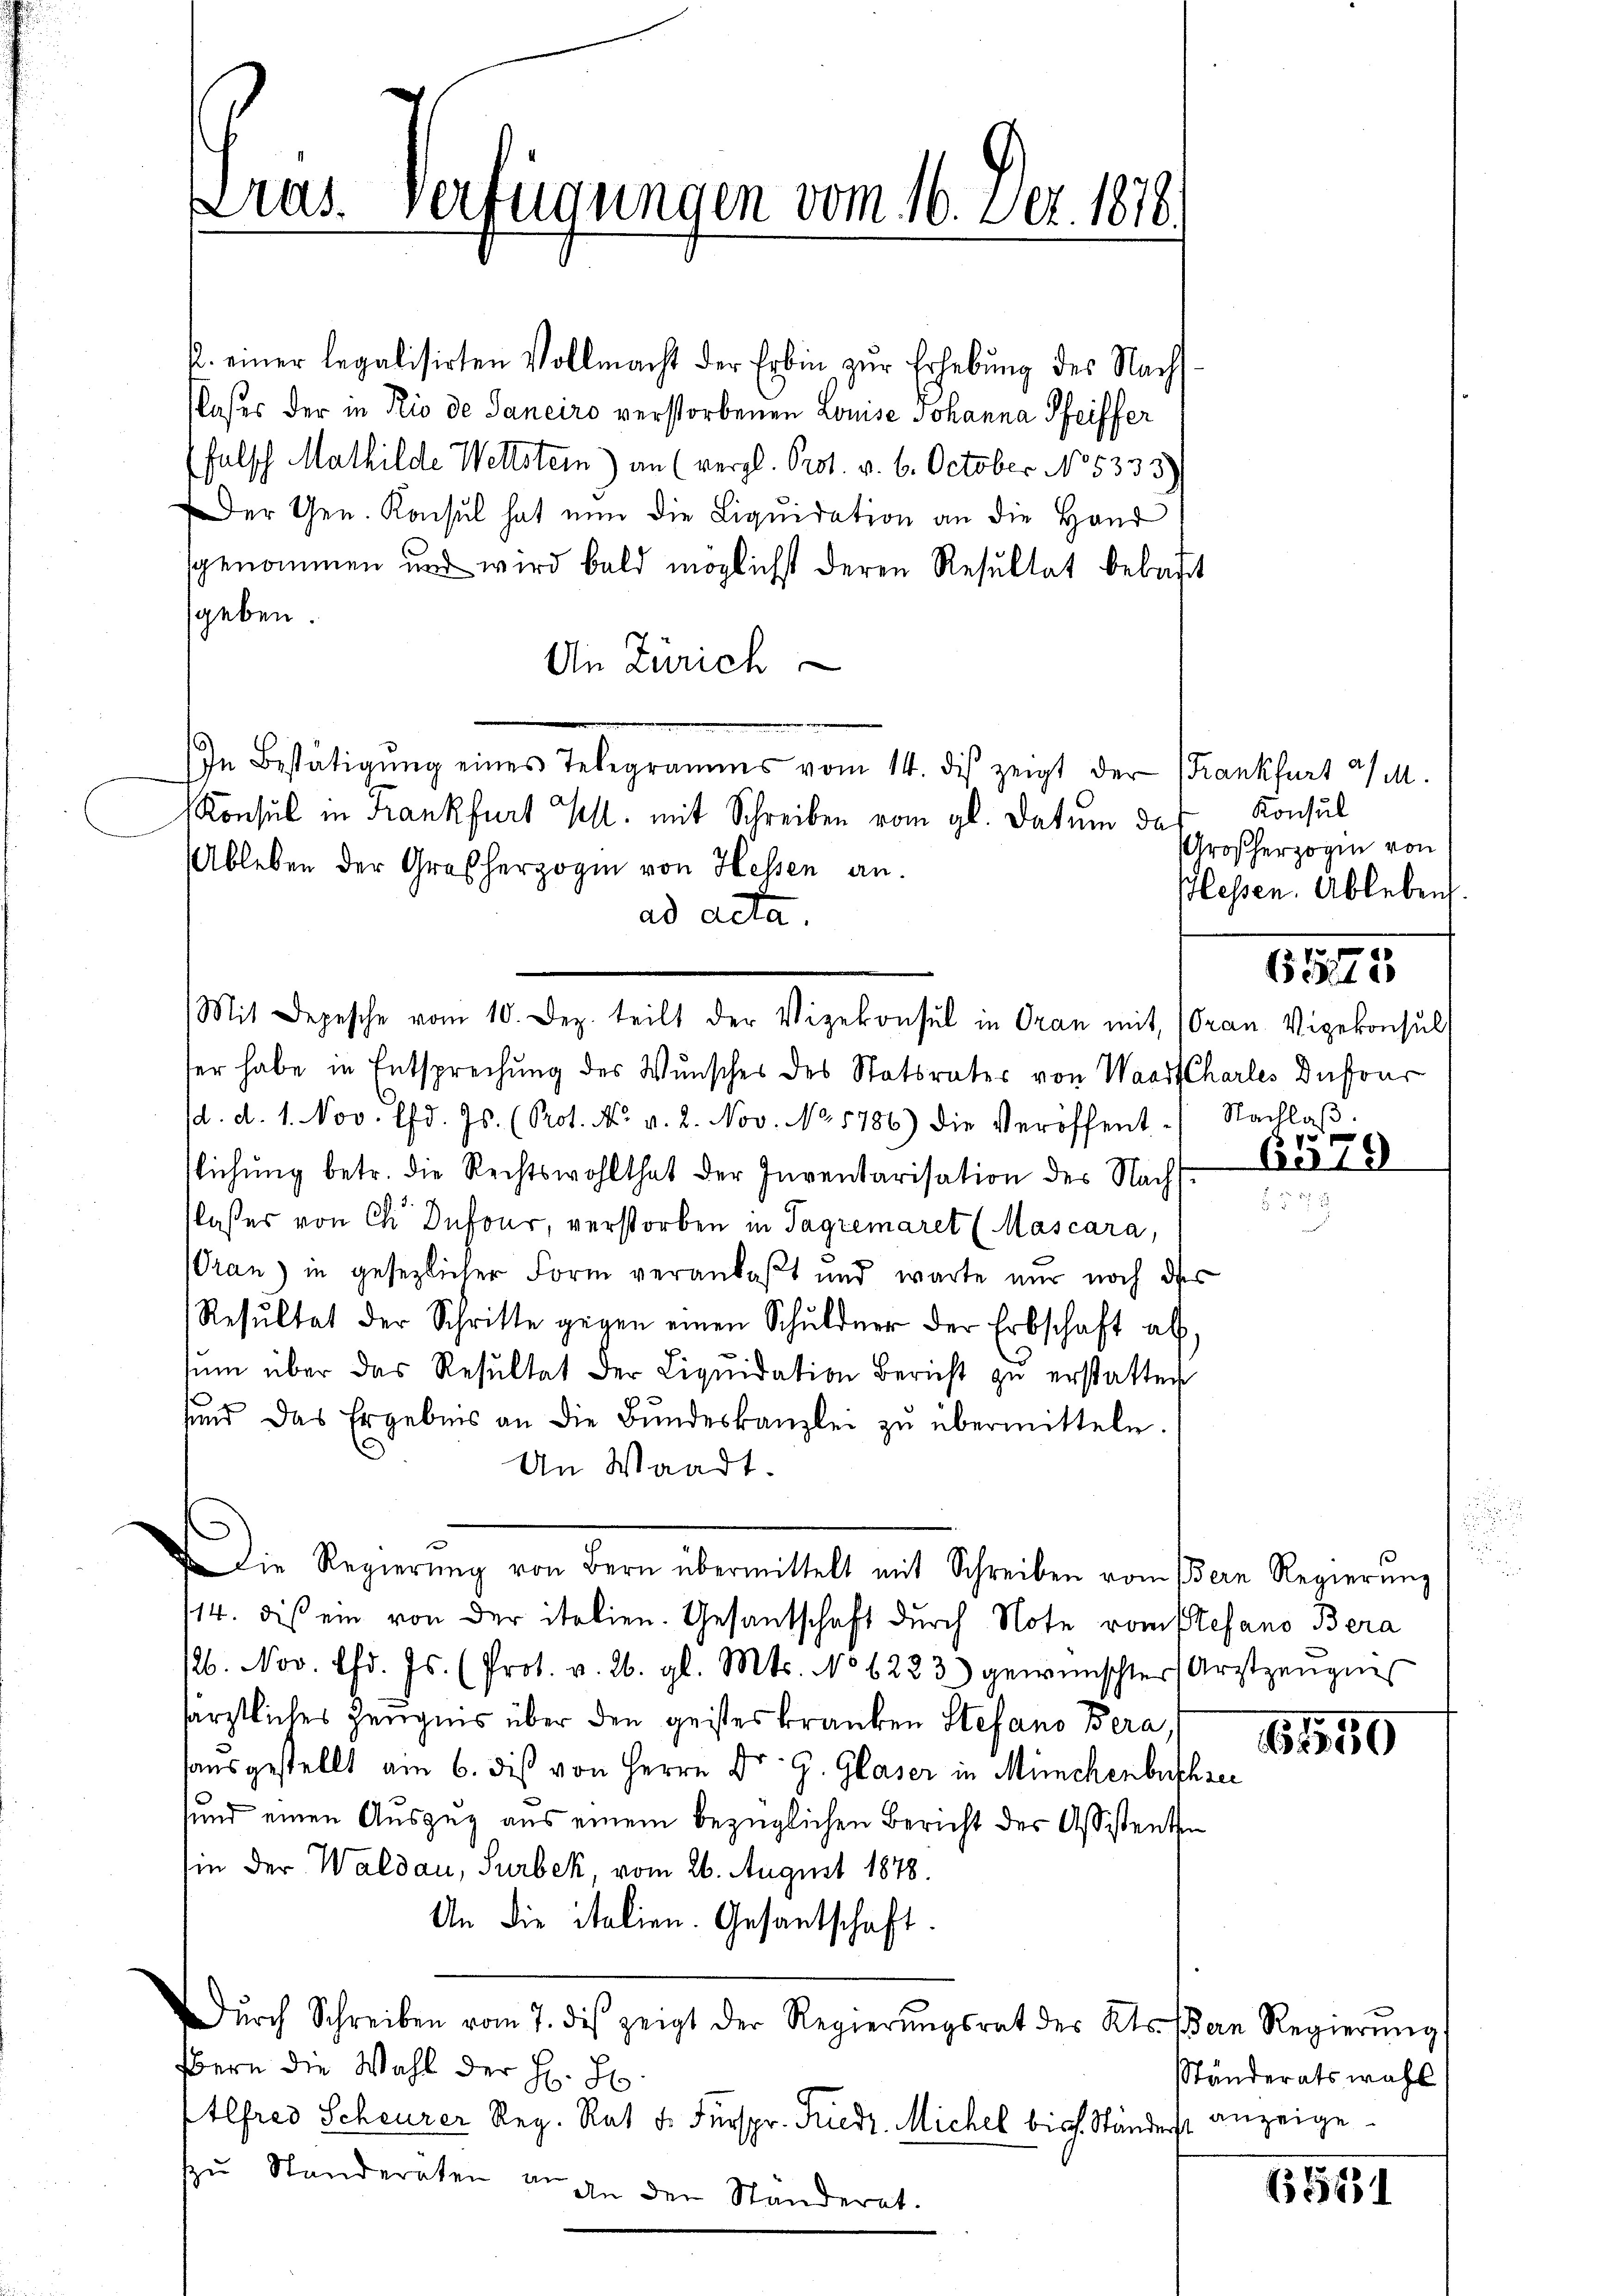
as. Verfügungen vom 16. Dez. 1878.

2. einer legalisirten Vollmacht der Erbin zŭr Erhebŭng des Nacht
Noses der in Rio de Janeiro verstorbenen Louise Johanna Pfeiffer
falsch Mathilde Wettstein) an (vergl. Prot. v. 6. October No 5333)
Der Gen. Konsul hat nun die Liquidation an die Hand
sgenommen und wird bald möglichst deren Resultat bebaut
sgeben.
An Zürich
In Bestätigŭng eines Telegramms vom 14. dis zeigt der Krankfurt a/M.
Konsul in Frankfurt Kl. mit Schreiben vom gl. datum da
bleben der Großherzogin von Hessen an.
ad acta
ser habe in Entsprechung des Wunsches des Statsrates von Waadt Charles Dufour
d. d. 1. Nov. lfd. Js. (Prot. N. v. 2. Nov. No. 1786) die Veröffent.) Nachlaβ.
Eichung betr. die Rechtswohlthat der Inventarisation des Nachslaßes von Ch. Dufour, verstorben in Tagremaret (Mascara,
rau) in gesezlicher Form veranlaßt und warte nur noch des
Resŭltat der Schritte gegen einen Schuldner der Erbschaft ab,
ŭm über das Resultat der Liqŭidation Bericht zŭ erstatten
sund das Ergebnis an die Bŭndeskanzlei zŭ übermitteln.
An Waadt.
Die Regierŭng von Bern übermittelt mit Schreiben vom Bern Regierŭng
114. dis ein von der italien. Gesantschaft durch Note vom Stefano Bera
b. Nov. Chd. Js. (Prot. v. 26. gl. Mts. No 6223) gewünschter Arztzeŭgnis
ärztliches Zeugnis über den geisteskranken Stefano Bera
hausgestellt am 6. dis von Herrn Dr. G. Glaser in Münchenbuchrei
sund einen Auszug aus einem bezüglichen Bericht des Assistenten
in der Waldau, Surbek, vom 26. August 1878.
An die italien. Gesantschaft.
Dŭrch Schreiben vom 7. des zeigt der Regierŭngsrat des Kts. Bern Regierŭng
Bern die Wahl der H. H.
Etlfred Scheurer Reg. Rat d. Fürspr. Friedr. Michel bish. Ständerst
zu Standeraten u. an der Standeret.

Mit Depesche vom 10. Dez. teilt der Vizekonsul in Oran mit (Oran. Vizekonsul

Konsul
roßherzogen von
lessen. Ableben.

6545

8.

6579

16,1549

Ständeratswahl
anzeige

15431